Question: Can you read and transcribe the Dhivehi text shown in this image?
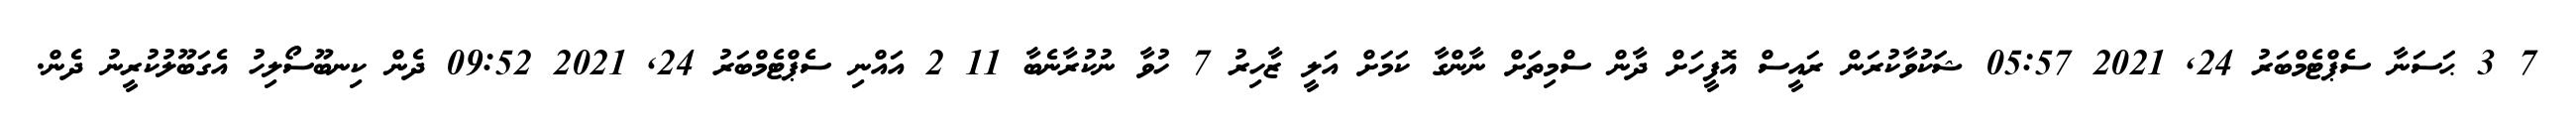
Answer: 7 3 ޙަސަނާ ސެޕްޓެމްބަރު 24, 2021 05:57 ޝަކުވާކުރަން ރައީސް އޮފީހަށް ދާން ސްމިތަށް ނާންގާ ކަމަށް އަލީ ޒާހިރު 7 ހުވާ ނުކުރާނެބާ 11 2 އައްނި ސެޕްޓެމްބަރު 24, 2021 09:52 ދެން ކިނބޫސޯލިހު އެގަބޫލުކުރީނު ދެން.